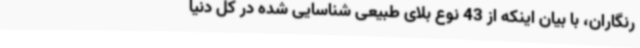
رنگاران، با بیان اینکه از 43 نوع بلای طبیعی شناسایی شده در کل دنیا